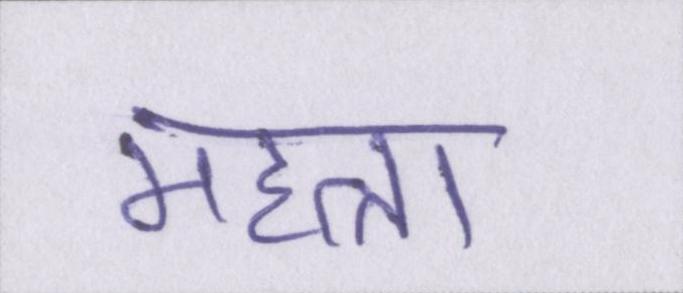
महत्ता